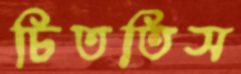
চিততিস